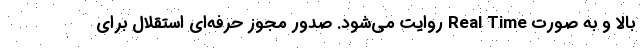
بالا و به صورت Real Time روایت می‌شود. صدور مجوز حرفه‌ای استقلال برای